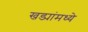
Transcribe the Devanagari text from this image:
खड्यांमध्ये